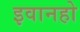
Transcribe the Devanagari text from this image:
इवानहो